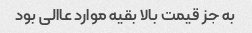
به جز قیمت بالا بقیه موارد عاالی بود